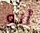
أنه